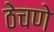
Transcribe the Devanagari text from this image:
ठेचणे